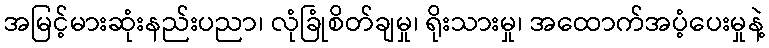
အမြင့်မားဆုံးနည်းပညာ၊ လုံခြုံစိတ်ချမှု၊ ရိုးသားမှု၊ အထောက်အပံ့ပေးမှုနဲ့